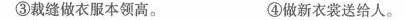
③裁缝做衣服本领高。 ④做新衣裳送给人。